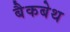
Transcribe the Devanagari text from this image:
बैकबेथ